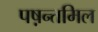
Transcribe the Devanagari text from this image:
पष़न्तमिल